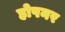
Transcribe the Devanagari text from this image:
होपनर